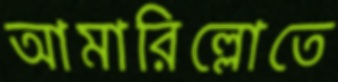
আমারিল্লোতে